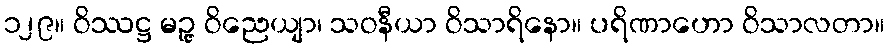
၁၂၉။ ဝိဿဋ္ဌ မဉ္ဇု ဝိညေယျာ၊ သဝနီယာ ဝိသာရိနော။ ပရိဏာဟော ဝိသာလတာ။